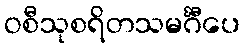
ဝစီသုစရိတသမင်္ဂီပေ